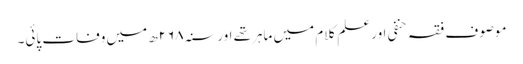
موصوف فقہ حنفی اور علم کلام میں ماہرتھے اور سنہ۲۶۸ھ میں وفات پائی۔